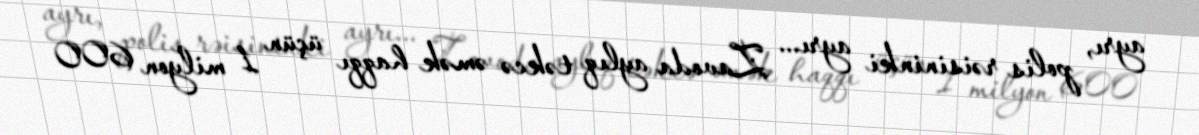
ayrı, polis rəisininki ayrı... Zavoda aylıq təkcə əmək haqqı üçün 1 milyon 600